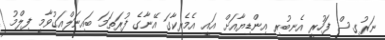
ނަރުގިސް ފަހުރީ އެނބުރި އިންޑިޔާއަށް އައީ އެމެރިކާގަ އޭނާގެ ފުރަތަމަ ބައިނަލްއަގުވާމީ ފިލްމު